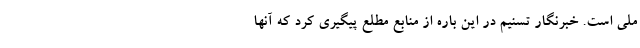
ملی است. خبرنگار تسنیم در این باره از منابع مطلع پیگیری کرد که آنها